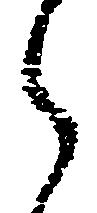
之